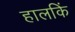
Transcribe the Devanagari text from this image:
हालकिं